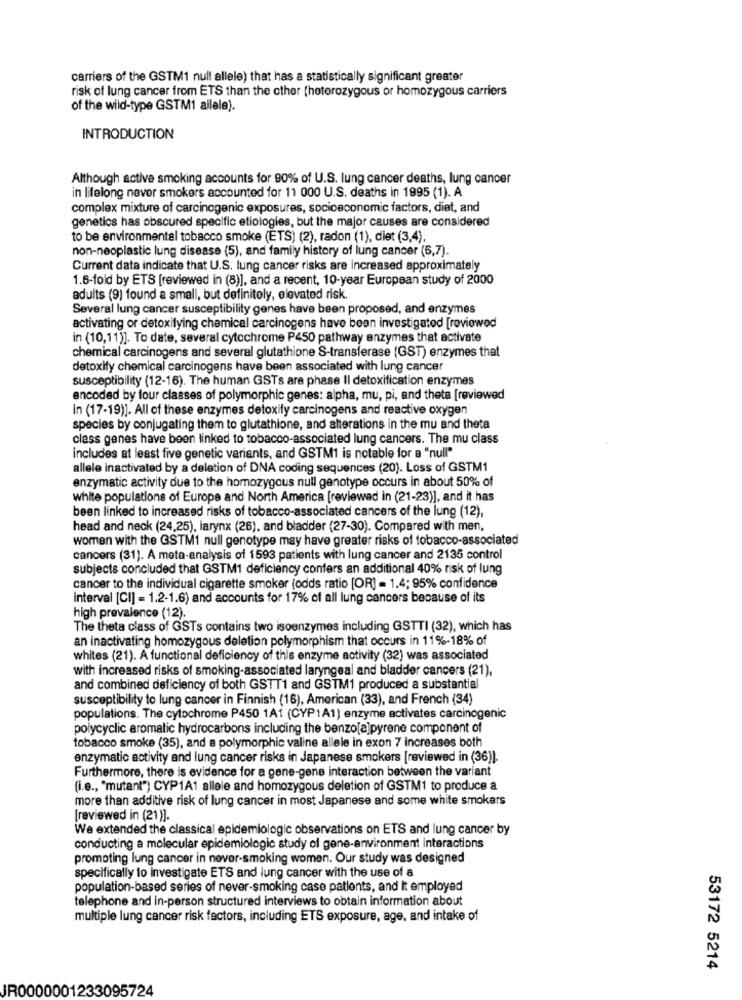
carriers of the GSTM1 null allele) that has a statistically significant greater
risk of lung cancer from ETS than the other (heterozygous or homozygous carriers
of the wild-type GSTM1 allele).
INTRODUCTION
Although active smoking accounts for 90% of U.S. lung cancer deaths, lung cancer
in lifelong never smokers accounted for 11 000 U.S. deaths in 1995 (1). A
complex mixture of carcinogenic exposures, socioeconomic factors, diet, and
genetics has obscured specific etiologies, but the major causes are considered
to be environmental tobacco smoke (ETS) (2), radon (1), diet (3,4)
non-neoplastic lung disease (5), and family history of lung cancer (6,7).
Current data indicate that U.S. lung cancer risks are increased approximately
1.6-fold by ETS [reviewed in (8)], and a recent, 10-year European study of 2000
adults (9) found a small, but definitely, elevated risk
Several lung cancer susceptibility genes have been proposed, and enzymes
activating or detoxifying chemical carcinogens have been investigated [reviewed
in (10,11)]. To date, several cytochrome P450 pathway enzymes that activate
chemical carcinogens and several glutathione S-transferase (GST) enzymes that
detoxify chemical carcinogens have been associated with lung cancer
susceptibility (12-16). The human GSTs are phase Il detoxification enzymes
encoded by four classes of polymorphic genes: alpha, mu, pi, and thete [reviewed
in (17-19)]. All of these enzymes detoxify carcinogens and reactive oxygen
species by conjugating them to glutathione, and alterations in the mu and theta
class genes have been linked to tobacco-associated lung cancers. The mu class
Includes at least five genetic variants, and GSTM1 is notable for a "null"
allele inactivated by a deletion of DNA coding sequences (20). Loss of GSTM1
enzymatic activity due to the homozygous null genotype occurs in about 50% of
White populations of Europe and North America [reviewed in (21-23)], and it has
been linked to increased risks of tobacco-associated cancers of the lung (12),
head and neck (24,25), larynx (26), and bladder (27-30). Compared with men,
women with the GSTM1 null genotype may have greater risks of tobacco-associated
cancers (31). A meta-analysis of 1593 patients with lung cancer and 2135 control
subjects concluded that GSTM1 deficiency confers an additional 40% risk of lung
cancer to the individual cigarette smoker (odds ratio [OR] = 1.4; 95% confidence
interval [CI] = 1.2-1.6) and accounts for 17% of all lung cancers because of its
high prevalence (12).
The theta class of GSTs contains two isoenzymes including GSTTI (32), which has
an inactivating homozygous deletion polymorphism that occurs in 11%-18% of
whites (21). A functional deficiency of this enzyme activity (32) was associated
with increased risks of smoking-associated laryngeal and bladder cancers (21),
and combined deficiency of both GSTT1 and GSTM1 produced a substantial
susceptibility to lung cancer in Finnish (16), American (33), and French (34)
populations. The cytochrome P450 1A1 (CYP1A1) enzyme activates carcinogenic
polycyclic aromatic hydrocarbons including the benzo[a]pyrene component of
tobacco smoke (35), and a polymorphic valine allele in exon 7 increases both
enzymatic activity and lung cancer risks in Japanese smokers [reviewed in (36)).
Furthermore, there is evidence for a gene-gene interaction between the variant
(i.e ., "mutant") CYP1A1 allele and homozygous deletion of GSTM1 to produce a
more than additive risk of lung cancer in most Japanese and some white smokers
[reviewed in (21)].
We extended the classical epidemiologic observations on ETS and lung cancer by
conducting a molecular epidemiologic study of gene-environment interactions
promoting lung cancer in nover-smoking women. Our study was designed
specifically to investigate ETS and lung cancer with the use of a
population-based series of never-smoking case patients, and it employed
telephone and in-person structured interviews to obtain information about
multiple lung cancer risk factors, including ETS exposure, age, and intake of
53172 5214
IR0000001233095724